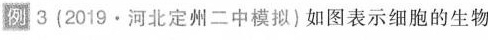
例3(2019·河北定州二中模拟)如图表示细胞的生物